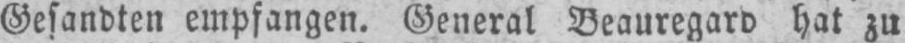
Gesandten empfangen. General Beauregard hat zu